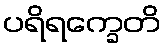
ပရိရက္ခေတိ